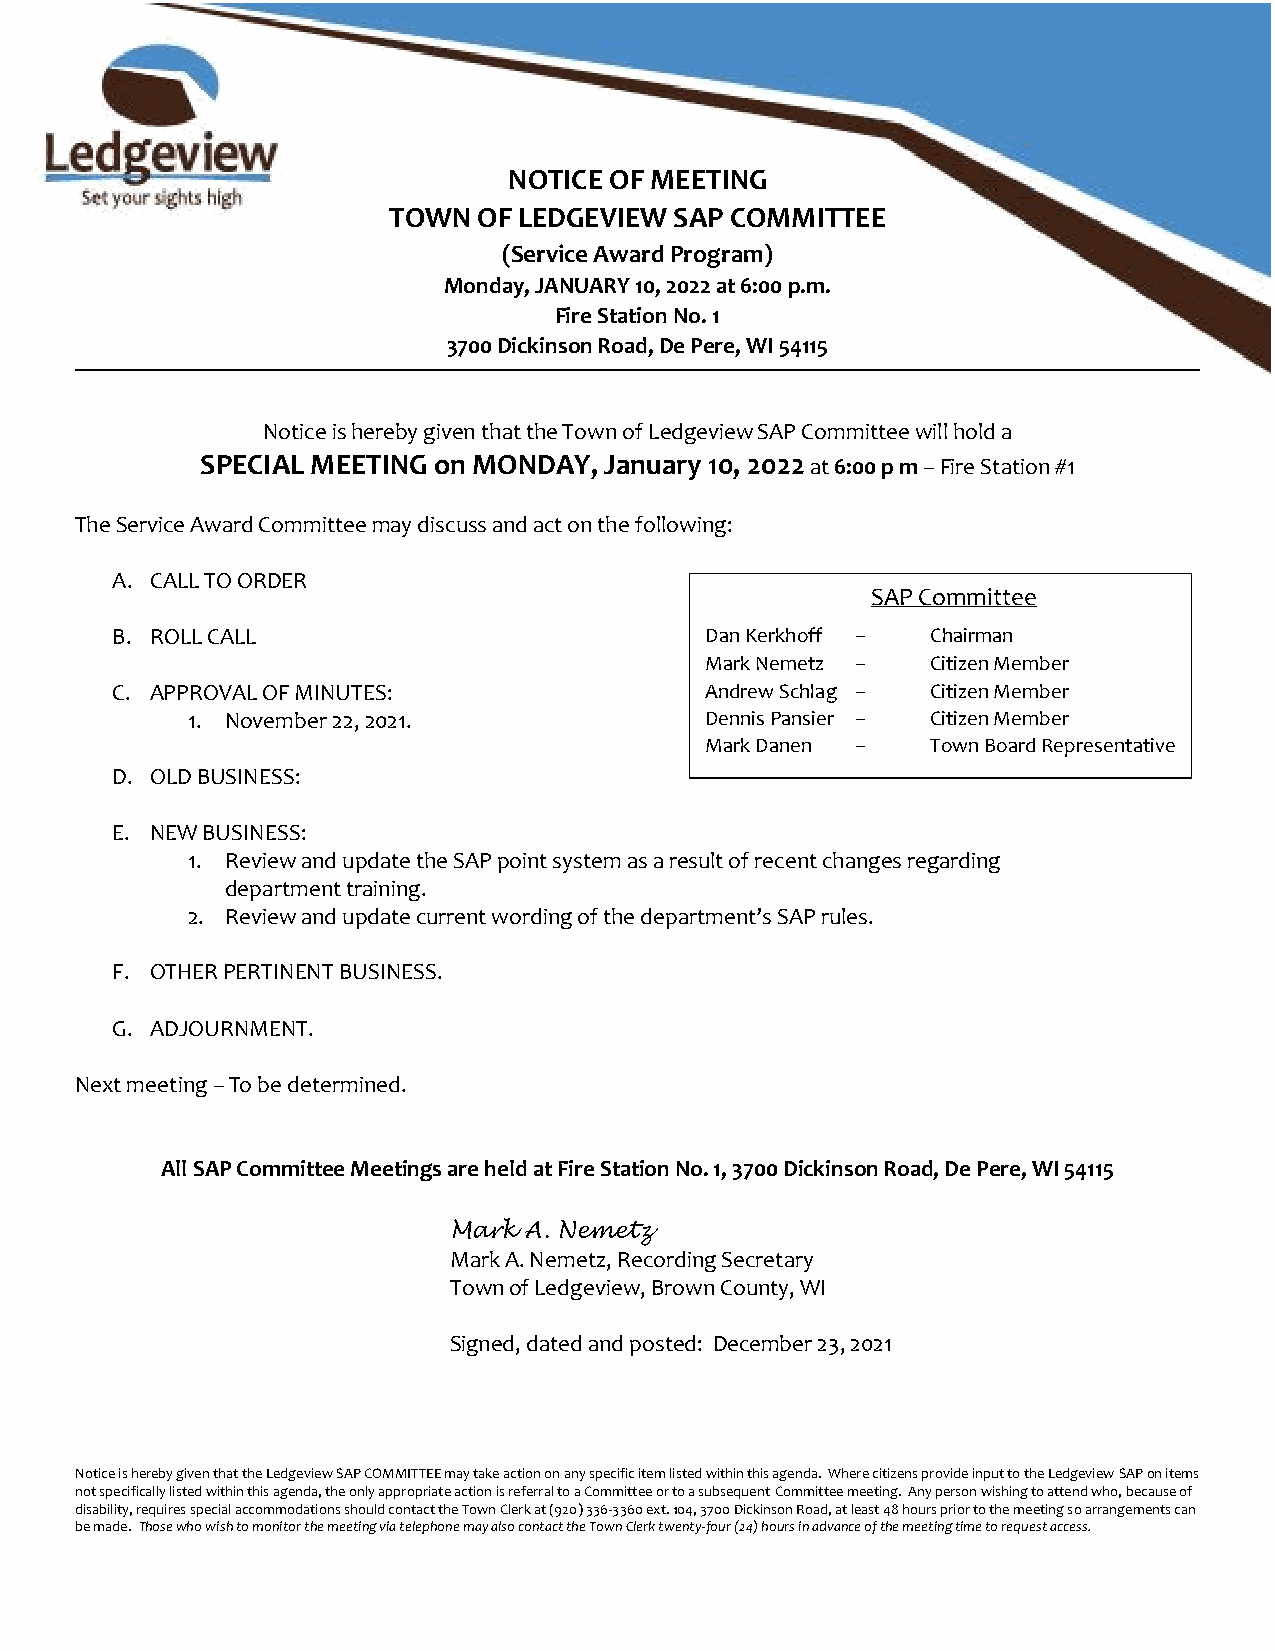
NOTICE OF MEETING
 TOWN  OF LEDGEVIEW SAP COMMITTEE
 (Service Award Program)
 Monday, JANUARY 10, 2022 at 6:00 p.m.
 Fire Station No. 1
 3700 Dickinson Road, De Pere, WI 54115
 Notice is hereby given that the Town of Ledgeview SAP Committee will hold a
 SPECIAL MEETING on MONDAY, January 10, 2022 at 6:00 p m – Fire Station #1
 The Service Award Committee may discuss and act on the following:
 A. CALL TO ORDER
 SAP Committee
 B. ROLL CALL                            Dan Kerkhoff – Chairman
 Mark Nemetz –  Citizen Member
 C. APPROVAL OF MINUTES:                 Andrew Schlag – Citizen Member
 1. November 22, 2021.              Dennis Pansier – Citizen Member
 Mark Danen –   Town Board Representative
 D. OLD BUSINESS:
 E. NEW BUSINESS:
 1. Review and update the SAP point system as a result of recent changes regarding
 department training.
 2. Review and update current wording of the department’s SAP rules.
 F. OTHER PERTINENT BUSINESS.
 G. ADJOURNMENT.
 Next meeting – To be determined.
 All SAP Committee Meetings are held at Fire Station No. 1, 3700 Dickinson Road, De Pere, WI 54115
 Mark A. Nemetz
 Mark A. Nemetz, Recording Secretary
 Town of Ledgeview, Brown County, WI
 Signed, dated and posted: December 23, 2021
 Notice is hereby given that the Ledgeview SAP COMMITTEE may take action on any specific item listed within this agenda. Where citizens provide input to the Ledgeview SAP on items
 not specifically listed within this agenda, the only appropriate action is referral to a Committee or to a subsequent Committee meeting. Any person wishing to attend who, because of
 disability, requires special accommodations should contact the Town Clerk at (920) 336-3360 ext. 104, 3700 Dickinson Road, at least 48 hours prior to the meeting so arrangements can
 be made. Those who wish to monitor the meeting via telephone may also contact the Town Clerk twenty-four (24) hours in advance of the meeting time to request access.